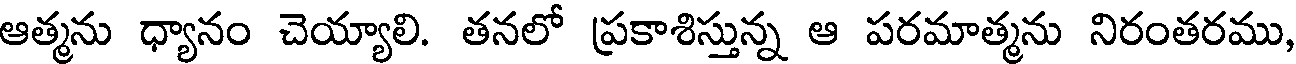
ఆత్మను ధ్యానం చెయ్యాలి. తనలో ప్రకాశిస్తున్న ఆ పరమాత్మను నిరంతరము,